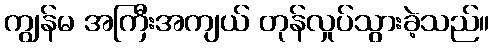
ကျွန်မ အကြီးအကျယ် တုန်လှုပ်သွားခဲ့သည်။